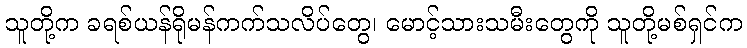
သူတို့က ခရစ်ယန်ရိုမန်ကက်သလိပ်တွေ၊ မောင့်သားသမီးတွေကို သူတို့မစ်ရှင်က